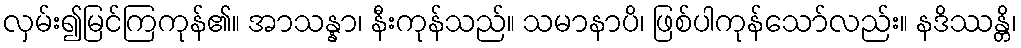
လှမ်း၍မြင်ကြကုန်၏။ အာသန္နာ၊ နီးကုန်သည်။ သမာနာပိ၊ ဖြစ်ပါကုန်သော်လည်း။ နဒိဿန္တိ၊